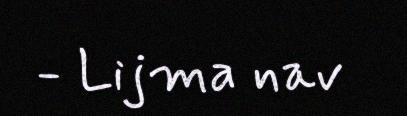
- Lijma nav